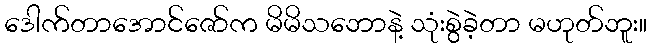
ဒေါက်တာအောင်ဇော်က မိမိသဘောနဲ့ သုံးစွဲခဲ့တာ မဟုတ်ဘူး။